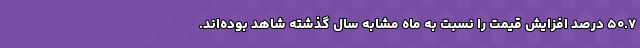
۵۰.۷ درصد افزایش قیمت را نسبت به ماه مشابه سال گذشته شاهد بوده‌اند.